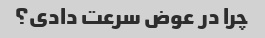
چرا در عوض سرعت دادی؟